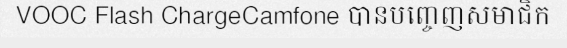
VOOC Flash ChargeCamfone បានបញ្ចេញសមាជិក